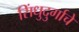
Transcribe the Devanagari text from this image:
सिंधुदुर्गाचे